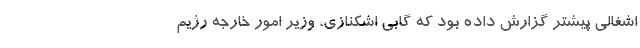
اشغالی پیشتر گزارش داده بود که گابی اشکنازی، وزیر امور خارجه رژیم